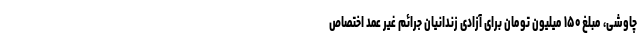
چاوشی، مبلغ ۱۵۰ میلیون تومان برای آزادی زندانیان جرائم غیر عمد اختصاص